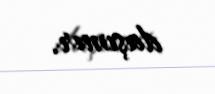
daşımır.